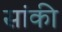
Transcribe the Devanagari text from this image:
सांकी